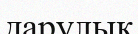
дарулық